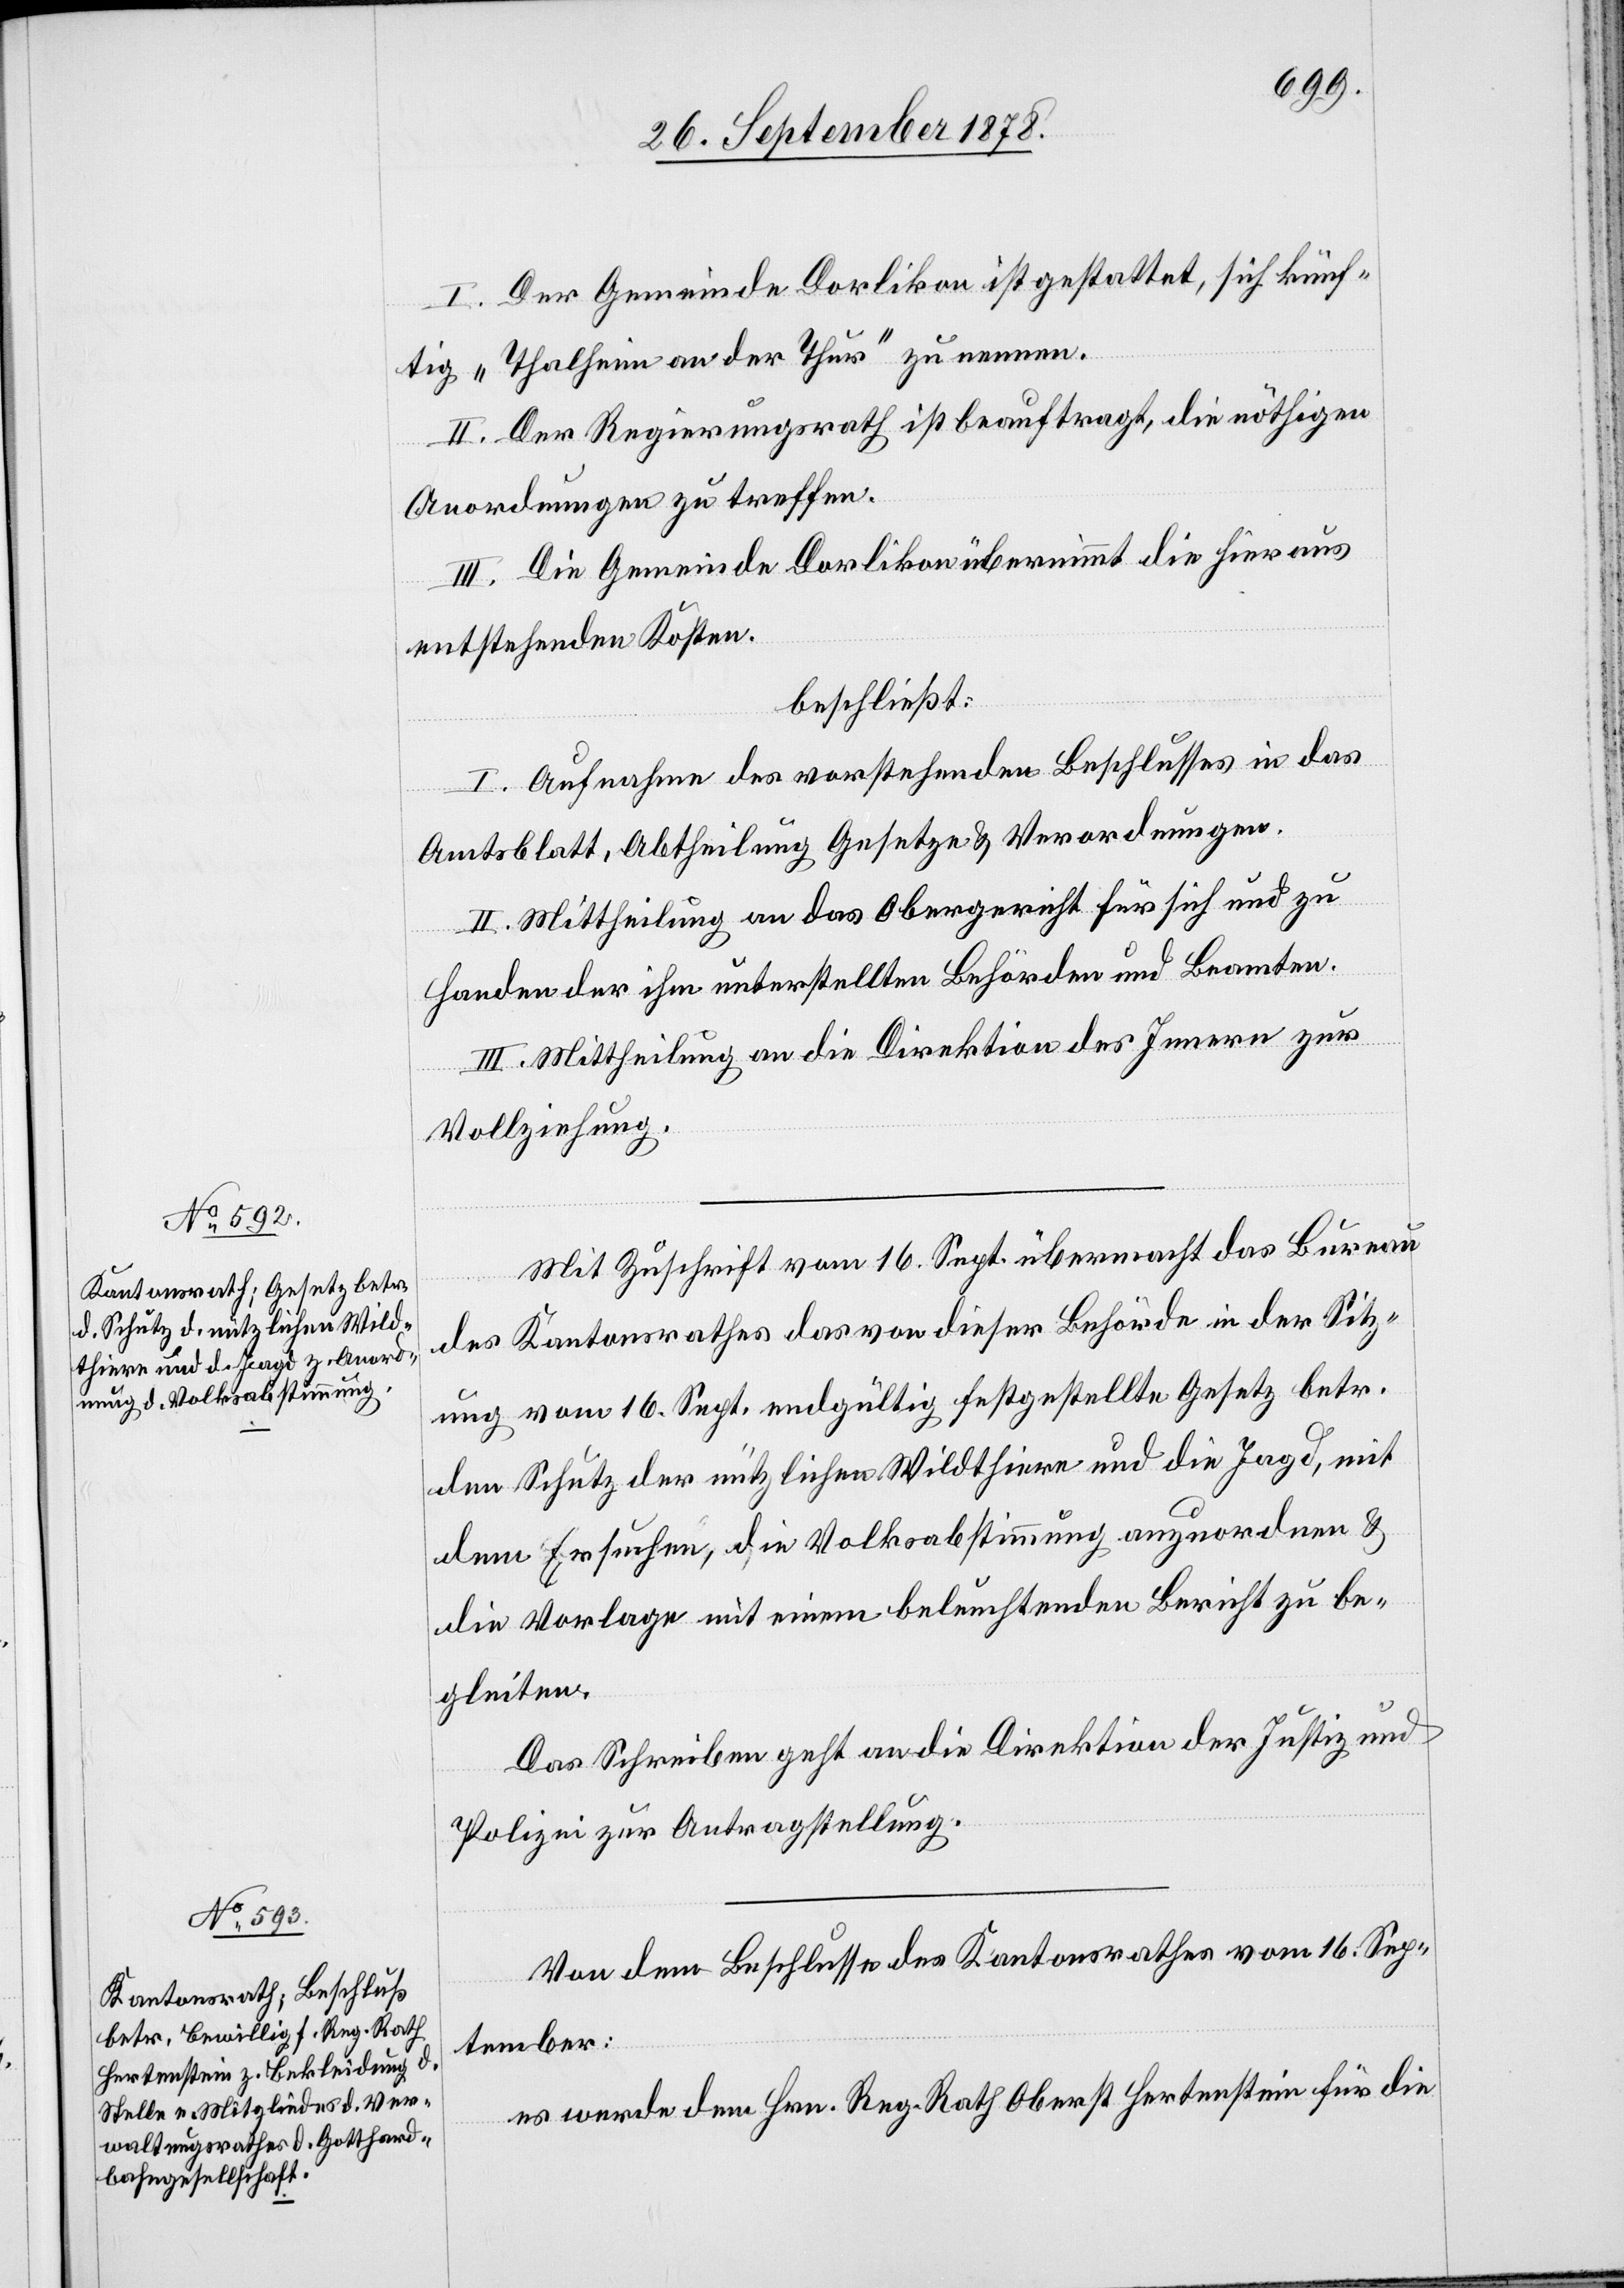
I. Der Gemeinde Dorlikon ist gestattet, sich künf¬
tig „Thalheim an der Thur“ zu nennen.
II. Der Regierungsrath ist beauftragt, die nöthigen
Anordnungen zu treffen.
III. Die Gemeinde Dorlikon übernimmt die hieraus
entstehenden Kosten.
beschließt:
I. Aufnahme des vorstehenden Beschlusses in das
Amtsblatt, Abtheilung Gesetze & Verordnungen.
II. Mittheilung an das Obergericht für sich und zu
Handen der ihm unterstellten Behörden und Beamten.
III. Mittheilung an die Direktion des Innern zur
Vollziehung.
Mit Zuschrift vom 16. Sept. übermacht das Bureau
des Kantonsrathes das von dieser Behörde in der Sitz¬
ung vom 16. Sept. endgültig festgestellte Gesetz betr.
den Schutz der nützlichen Wildthiere und die Jagd, mit
dem Ersuchen, die Volksabstimmung anzuordnen &
die Vorlage mit einem beleuchtenden Bericht zu be¬
gleiten.
Das Schreiben geht an die Direktion der Justiz &
Polizei zur Antragstellung.
Von dem Beschlusse des Kantonsrathes vom 16. Sep¬
tember:
es werde dem Hrn. Reg. Rath Oberst Hertenstein für die